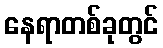
နေရာတစ်ခုတွင်